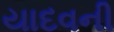
યાદવની